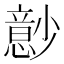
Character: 𰍬